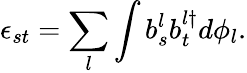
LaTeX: \epsilon_{st}=\sum_{l}\int b_{s}^{l}b_{t}^{l\dagger}d\phi_{l}.